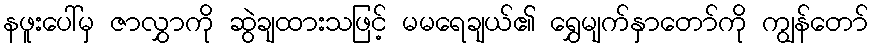
နဖူးပေါ်မှ ဇာလွှာကို ဆွဲချထားသဖြင့် မမရေချယ်၏ ရွှေမျက်နှာတော်ကို ကျွန်တော်